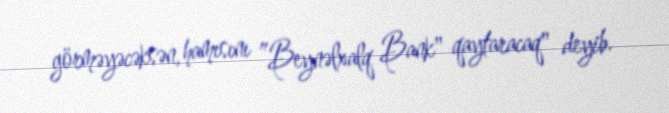
görməyəcəksən, hamısını ”Beynəlxalq Bank" qaytaracaq" deyib.